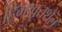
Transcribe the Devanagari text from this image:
हिमावृतशैल